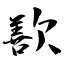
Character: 歚